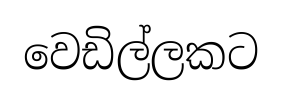
වෙඩිල්ලකට